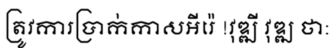
ត្រូវការប្រាក់កាសអីរ៉េ !វុឌ្ឍី វុឌ្ឍ ថា: